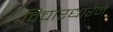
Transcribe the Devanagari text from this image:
विचारधारेने